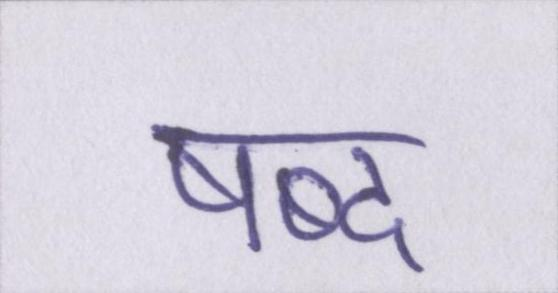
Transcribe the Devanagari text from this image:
षब्द